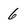
Character: 6